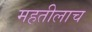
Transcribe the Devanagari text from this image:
महतीलाच